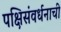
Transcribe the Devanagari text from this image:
पक्षिसंवर्धनाची